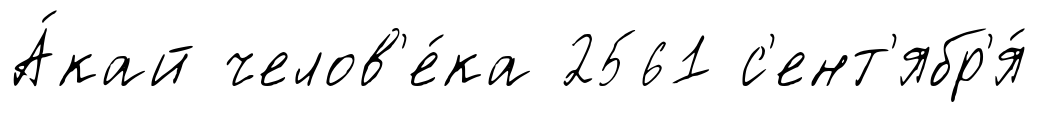
А́кай челов'е́ка 2561 с'ент'ябр'я́